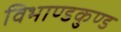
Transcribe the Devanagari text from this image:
विभाण्डकुण्ड